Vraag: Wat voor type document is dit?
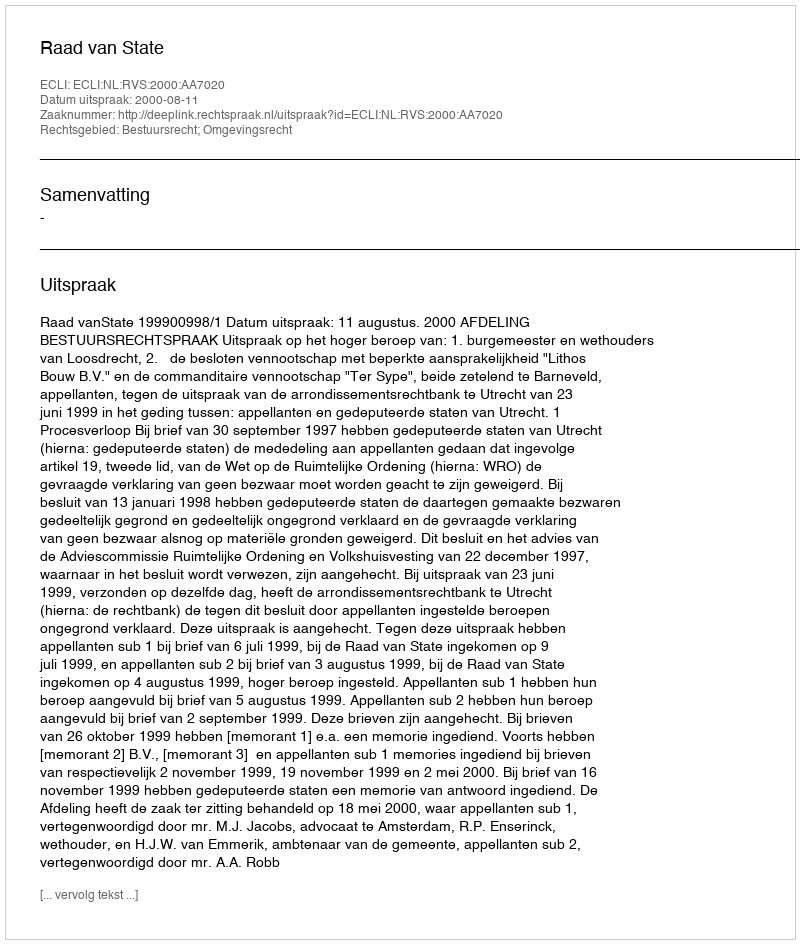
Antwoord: Uitspraak